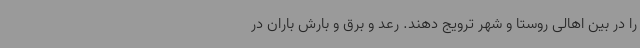
را در بین اهالی روستا و شهر ترویج دهند. رعد و برق و بارش باران در